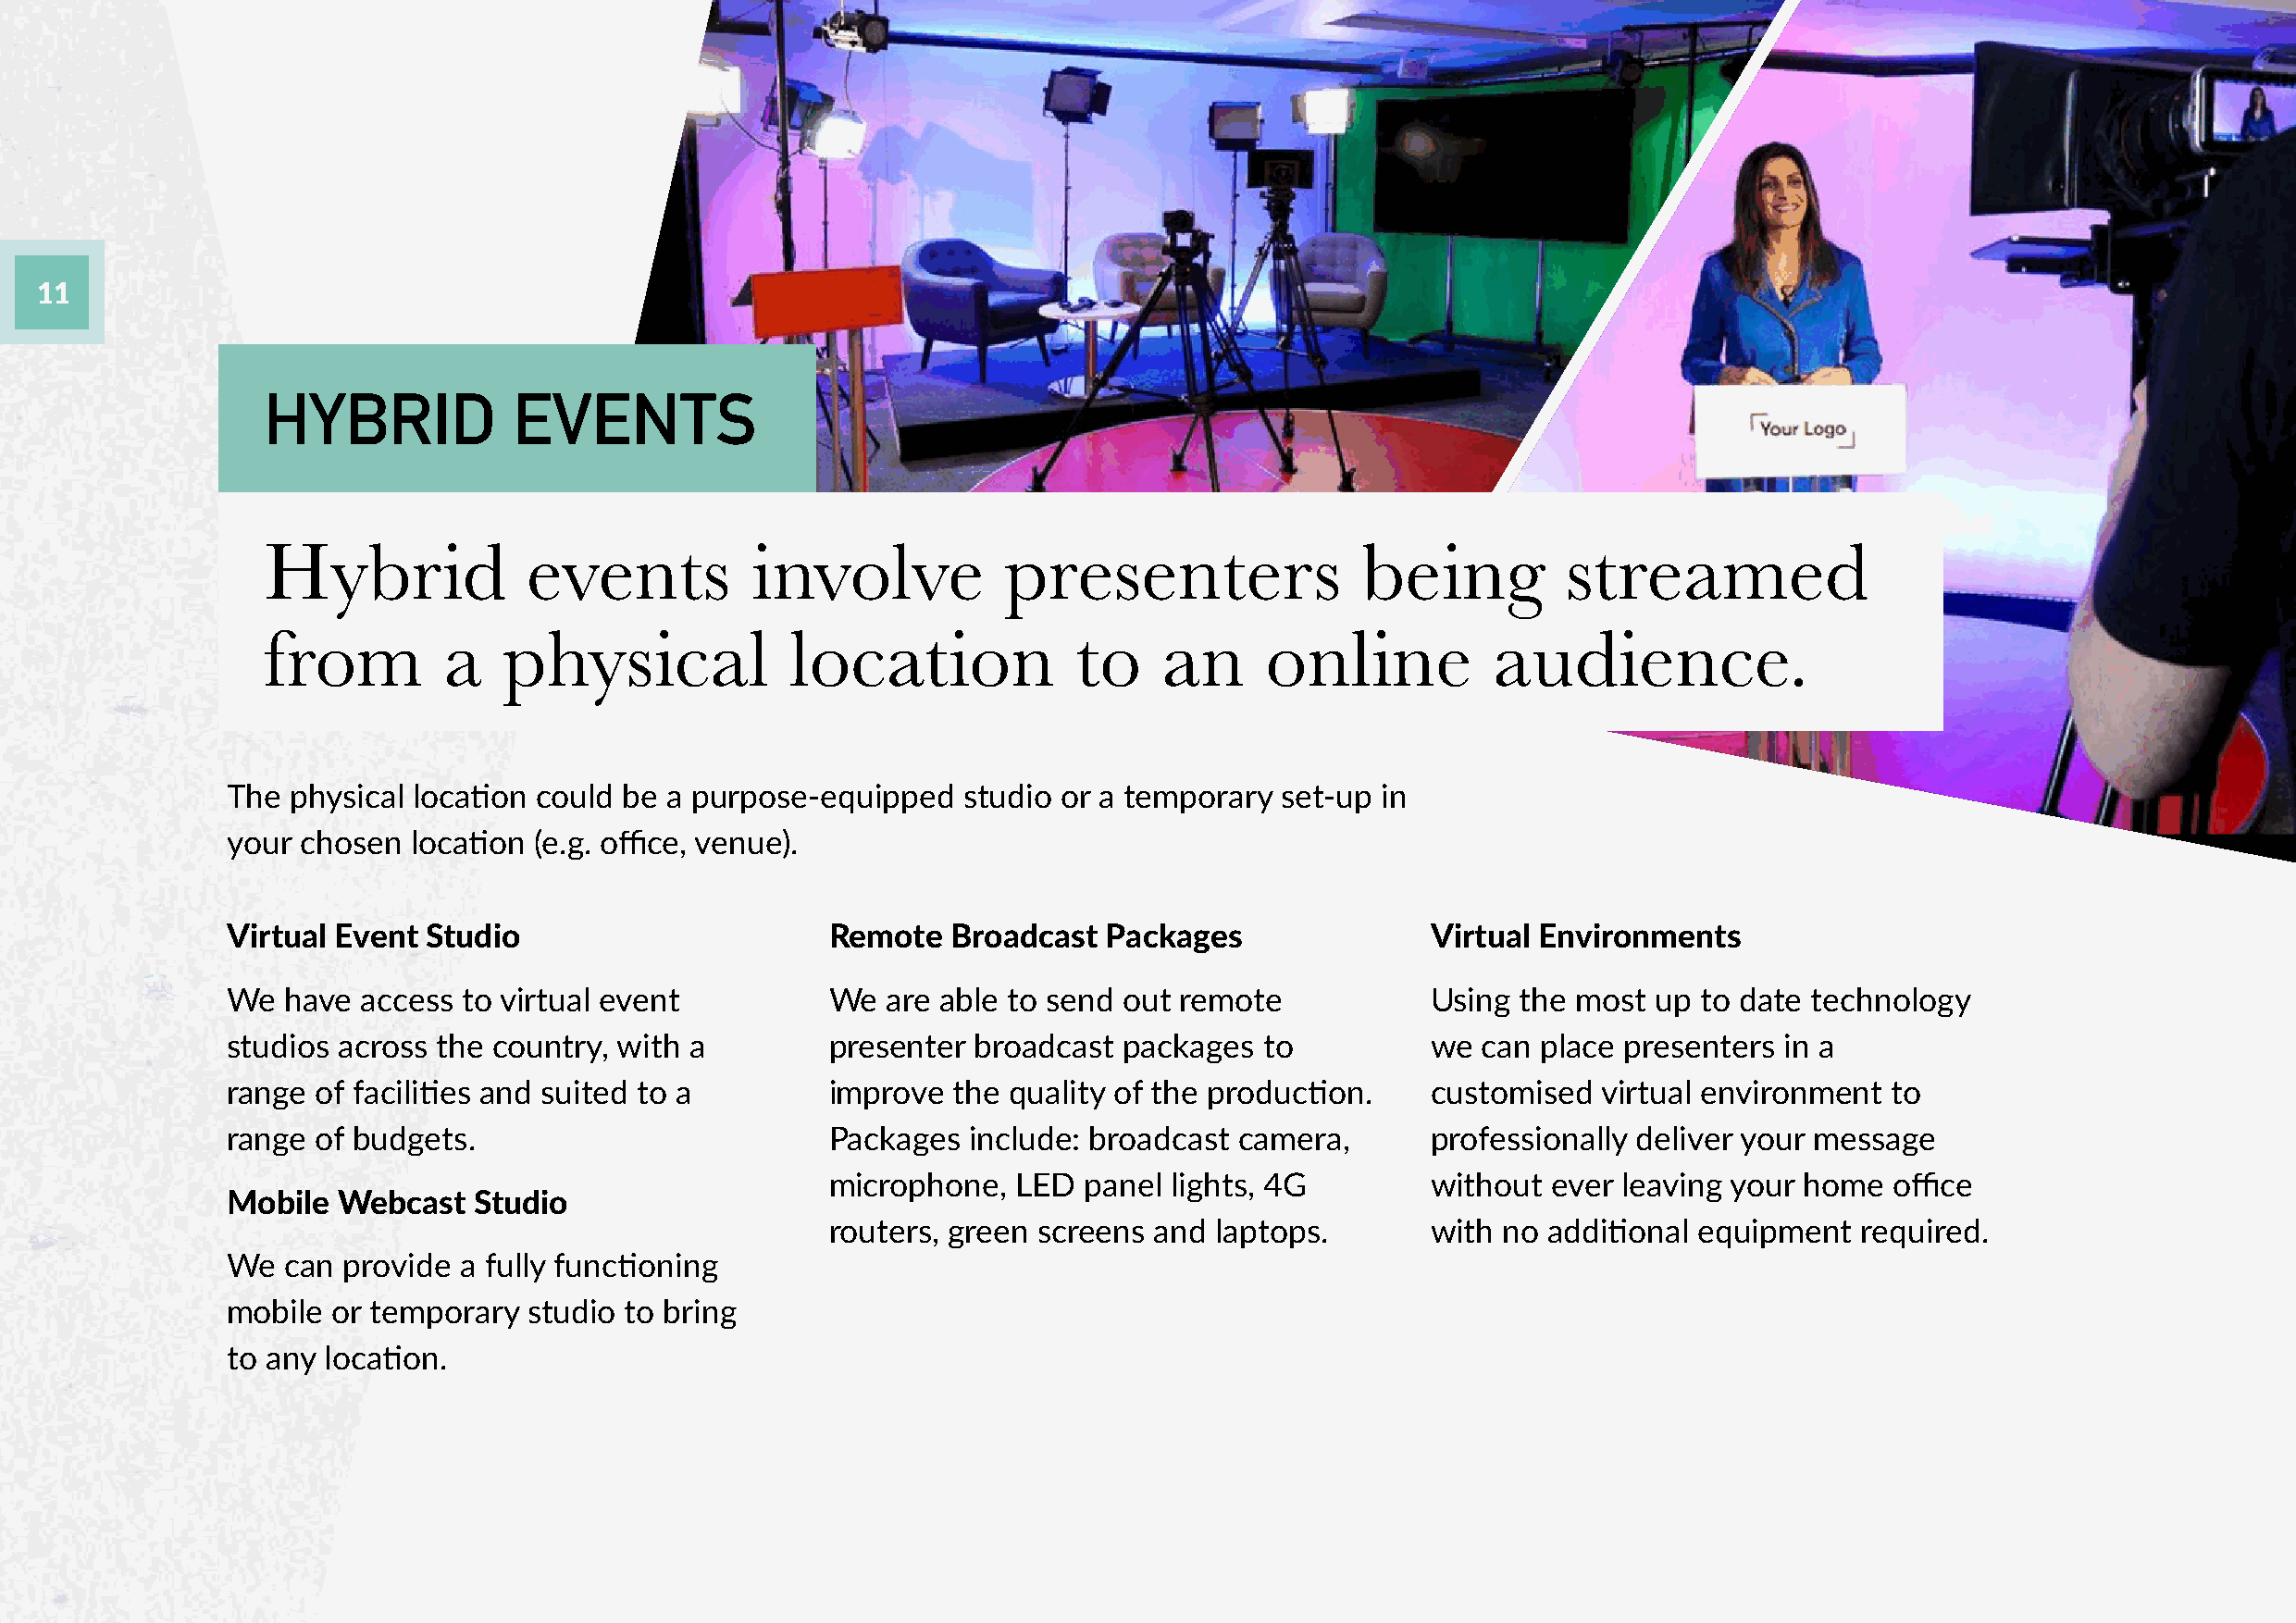
11
 HYBRID            EVENTS
 Hybrid             events          involve           presenters               being          streamed
 from         a   physical            location             to    an      online          audience.
 The  physical location could be a purpose-equipped   studio or a temporary  set-up in
 your chosen  location (e.g. office, venue).
 Virtual Event Studio                       Remote   Broadcast  Packages               Virtual Environments
 We  have  access to virtual event          We  are able to send out remote            Using  the most up  to date technology
 studios across the country, with a         presenter  broadcast packages  to          we  can place presenters  in a
 range  of facilities and suited to a       improve  the quality of the production.    customised   virtual environment to
 range  of budgets.                         Packages  include: broadcast  camera,      professionally deliver your message
 microphone,   LED  panel lights, 4G        without  ever leaving your home  office
 Mobile  Webcast   Studio
 routers, green screens  and laptops.       with no  additional equipment  required.
 We  can  provide a fully functioning
 mobile  or temporary  studio to bring
 to any location.